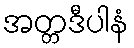
အတ္တဒီပါနံ